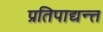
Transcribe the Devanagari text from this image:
प्रतिपाद्यन्त्त